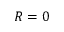
R = 0